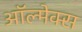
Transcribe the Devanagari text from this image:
ऑल्मेक्स